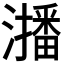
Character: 𭳐